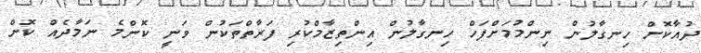
ދުއާކޮށް ހިނގާލުން ނިންމުމަށްފަހް ހިނގާލުން އިންތިޒާމްކުރި ފަރާތްތަކުން ވަނީ ކޮންމެ ނަމާދެއް ކޮށް